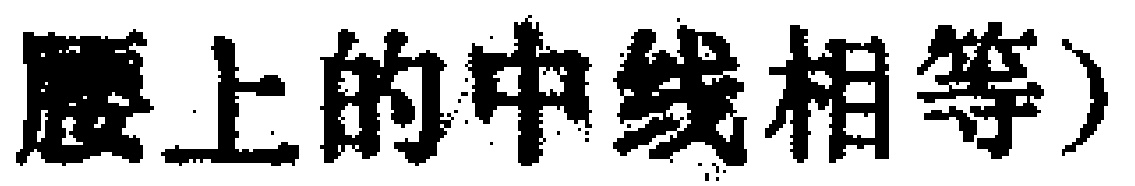
腰上的中线相等）